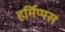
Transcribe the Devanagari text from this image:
हर्मिप्पस